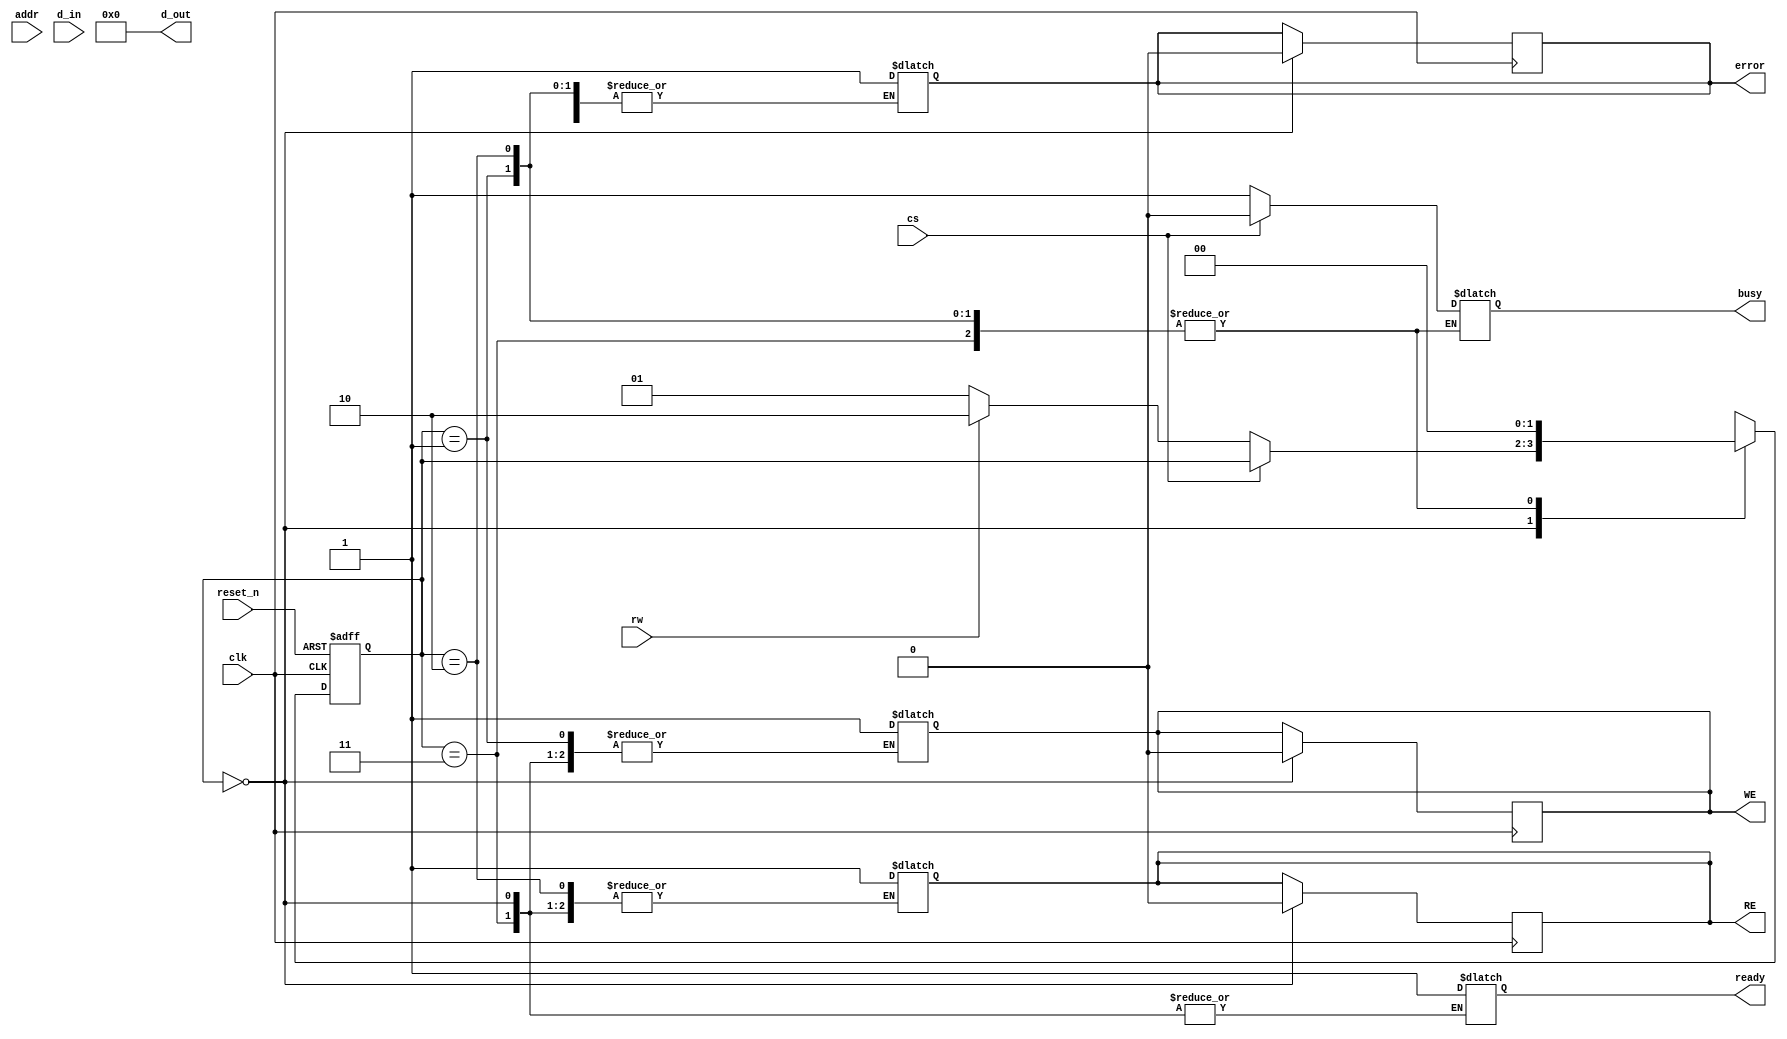
module IO_Block_FlexNAND #(
    parameter DATA_WIDTH = 8, // Can be 8, 16, or 32
    parameter ADDR_WIDTH = 24  // Or other values based on memory size
)(
    // System Signals
    input wire clk,
    input wire reset_n,
    
    // Control Signals
    input wire cs,
    input wire rw,                     // 0 for Read, 1 for Write
    input wire [ADDR_WIDTH-1:0] addr, // Address bus
    input wire [DATA_WIDTH-1:0] d_in,  // Data to write
    output reg [DATA_WIDTH-1:0] d_out,  // Data read
    output reg ready,                  // Indicates readiness
    output reg busy,                   // Indicates busy state
    output reg error,                  // Error indicator
    
    // Other control signals (to the memory)
    output reg WE,                     // Write Enable
    output reg RE                      // Read Enable
);

    // States for internal FSM
    localparam IDLE   = 2'b00;
    localparam READ   = 2'b01;
    localparam WRITE  = 2'b10;
    localparam ERROR  = 2'b11;

    reg [1:0] state;
    reg [1:0] next_state;

    // Initialization
    initial begin
        busy = 0;
        ready = 1;
        error = 0;
        d_out = 0;
        WE = 0;
        RE = 0;
        state = IDLE;
    end

    // FSM for controlling I/O block operation
    always @(posedge clk or negedge reset_n) begin
        if (!reset_n) begin
            state <= IDLE;
        end else begin
            state <= next_state;
        end
    end

    // Next state generation
    always @(*) begin
        next_state = state;
        case (state)
            IDLE: begin
                busy = 0;
                if (!cs) begin // Chip select active
                    busy = 1;
                    if (rw) begin
                        next_state = WRITE;
                    end else begin
                        next_state = READ;
                    end
                end
            end

            READ: begin
                RE = 1;
                // Dummy read operation; in actual implementation connect to FlexNAND
                // d_out = read_data_from_FlexNAND(addr);
                next_state = IDLE;
                ready = 1; // Indicate ready after read
            end

            WRITE: begin
                WE = 1;
                // Dummy write operation; in actual implementation connect to FlexNAND
                // write_data_to_FlexNAND(addr, d_in);
                next_state = IDLE;
                ready = 1; // Indicate ready after write
            end
            
            ERROR: begin
                // Handle error state
                error = 1;
                next_state = IDLE;
            end

        endcase
    end

    // Generation of output signals
    always @(posedge clk) begin
        if (state == IDLE) begin
            RE <= 0;
            WE <= 0;
            error <= 0;
        end else if (state == READ) begin
            // Further logic could be implemented for read operations
        end else if (state == WRITE) begin
            // Further logic could be implemented for write operations
        end
    end

endmodule